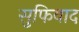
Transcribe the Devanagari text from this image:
सुफिवाद